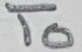
Text: To